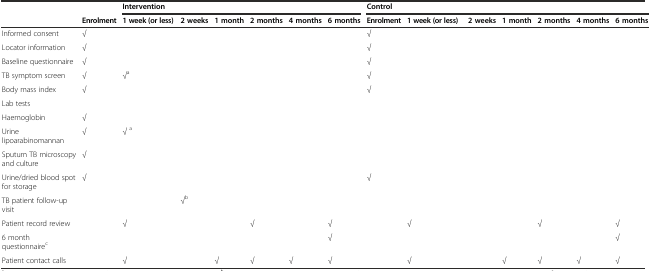
|  |  | <COLSPAN=6> Intervention | <COLSPAN=7> Control |
 |  | Enrolment | 1 week (or less) | 2 weeks | 1 month | 2 months | 4 months | 6 months | Enrolment | 1 week (or less) | 2 weeks | 1 month | 2 months | 4 months | 6 months |
 | --- | --- | --- | --- | --- | --- | --- | --- | --- | --- | --- | --- | --- | --- | --- |
 | Informed consent | √ |  |  |  |  |  |  | √ |  |  |  |  |  |  |
 | Locator information | √ |  |  |  |  |  |  | √ |  |  |  |  |  |  |
 | Baseline questionnaire | √ |  |  |  |  |  |  | √ |  |  |  |  |  |  |
 | TB symptom screen | √ | √a |  |  |  |  |  | √ |  |  |  |  |  |  |
 | Body mass index | √ |  |  |  |  |  |  | √ |  |  |  |  |  |  |
 | Lab tests |  |  |  |  |  |  |  |  |  |  |  |  |  |  |
 | Haemoglobin | √ |  |  |  |  |  |  |  |  |  |  |  |  |  |
 | Urine lipoarabinomannan | √ | √ a |  |  |  |  |  |  |  |  |  |  |  |  |
 | Sputum TB microscopy and culture | √ |  |  |  |  |  |  |  |  |  |  |  |  |  |
 | Urine/dried blood spot for storage | √ |  |  |  |  |  |  | √ |  |  |  |  |  |  |
 | TB patient follow-up visit |  |  | √b |  |  |  |  |  |  |  |  |  |  |  |
 | Patient record review |  | √ |  |  | √ |  | √ |  | √ |  |  | √ |  | √ |
 | 6 month questionnairec |  |  |  |  |  |  | √ |  |  |  |  |  |  | √ |
 | Patient contact calls |  | √ |  | √ | √ | √ | √ |  | √ |  | √ | √ | √ | √ |